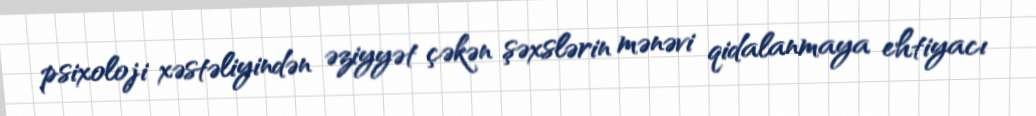
psixoloji xəstəliyindən əziyyət çəkən şəxslərin mənəvi qidalanmaya ehtiyacı